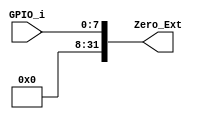
module Zero_extend
#(
	parameter WIDTH_i = 8,
	parameter WIDTH_o = 32
)
(
	input 		[WIDTH_i-1:0] GPIO_i,
	output reg 	[WIDTH_o-1:0] Zero_Ext
);

assign	Zero_Ext = { {24{1'b0}}, GPIO_i};
endmodule